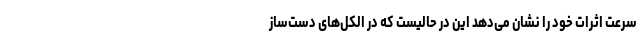
سرعت اثرات خود را نشان می‌دهد این در حالیست که در الکل‌های دست‌ساز